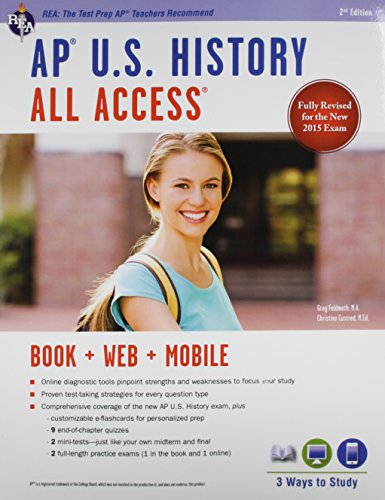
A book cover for APÂ® U.S. History All Access Book + Online + Mobile (Advanced Placement (AP) All Access); Gregory Feldmeth; History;